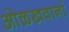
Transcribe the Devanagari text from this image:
ओळखवानां